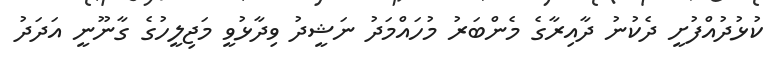
ކުޅުދުއްފުށީ ދެކުނު ދާއިރާގެ މެންބަރު މުހައްމަދު ނަޝީދު ވިދާޅުވީ މަޖިލީހުގެ ގާނޫނީ އަދަދު